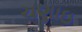
ચણાઇ